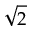
\sqrt { 2 }